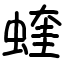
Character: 蝰